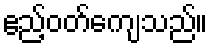
ဧည့်ဝတ်ကျေသည်။